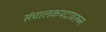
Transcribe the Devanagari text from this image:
संचालकपदावरून